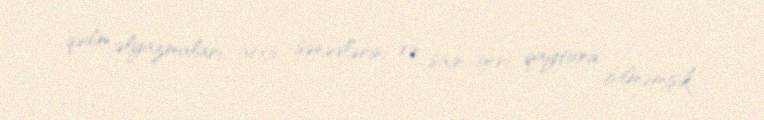
qədim əlyazmaları, arxiv sənədlərini və sair geri qaytara bilməmişik.